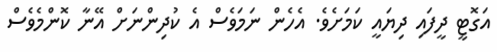
އަގޮޓީ ދީފައި ދިޔައީ ކަމަށެވެ. އެހެން ނަމަވެސް އެ ކުދިންނަށް އޭނާ ކޮންމެވެސް